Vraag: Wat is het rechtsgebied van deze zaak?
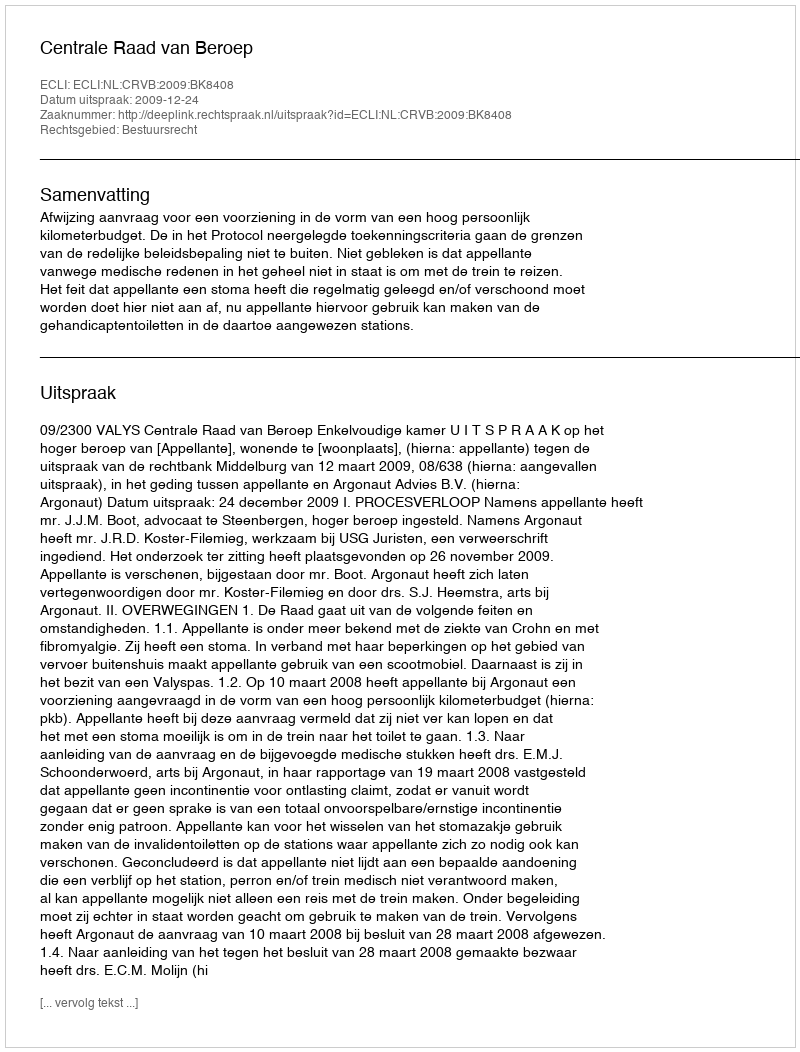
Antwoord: Bestuursrecht